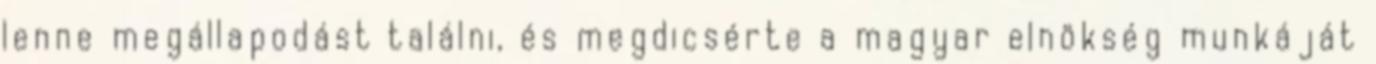
lenne megállapodást találni, és megdicsérte a magyar elnökség munkáját